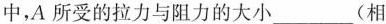
中，A所受的拉力与阻力的大小___(相